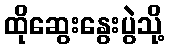
ထိုဆွေးနွေးပွဲသို့